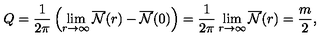
Q = \frac { 1 } { 2 \pi } \left( \lim _ { r { \rightarrow } { \infty } } \overline { { \cal { N } } } ( r ) - \overline { { \cal { N } } } ( 0 ) \right) = \frac { 1 } { 2 \pi } \lim _ { r { \rightarrow } { \infty } } \overline { { \cal { N } } } ( r ) = \frac { m } { 2 } ,